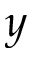
y